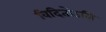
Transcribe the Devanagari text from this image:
विदितोऽसि